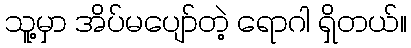
သူ့မှာ အိပ်မပျော်တဲ့ ရောဂါ ရှိတယ်။